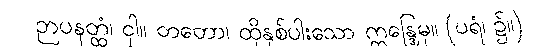
ဉာပနတ္ထံ၊ ငှါ။ တတော၊ ထိုနှစ်ပါးသော ဣန္ဒြေမှ။ (ပရံ၊ ၌။)